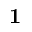
\mathbf { 1 }